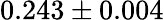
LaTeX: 0.243\pm 0.004